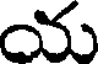
య